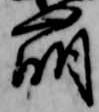
崩